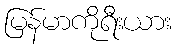
မြန်မာကိုရီးယား